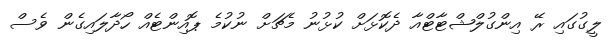
ލީގުގައި ރޭ އިންގުލްޝްޓާޓްއާ ދެކޮޅަށް ކުޅުނު މެޗަށް ނުކުމެ ޕޮއިންޓެއް ހޯދާލައިގެން ވެސް